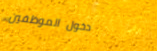
دخول الموظفين